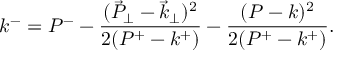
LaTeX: k ^ { - } = P ^ { - } - \frac { ( { \vec { P } _ { \perp } } - { \vec { k } _ { \perp } } ) ^ { 2 } } { 2 ( P ^ { + } - k ^ { + } ) } - \frac { ( P - k ) ^ { 2 } } { 2 ( P ^ { + } - k ^ { + } ) } .